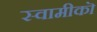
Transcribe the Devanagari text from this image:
स्वामीकॊ